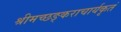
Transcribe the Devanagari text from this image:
श्रीमच्छङ्कराचार्यकृतं